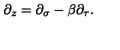
\partial _ { z } = \partial _ { \sigma } - \beta \partial _ { \tau } .